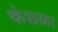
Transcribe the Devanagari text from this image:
कंछळा